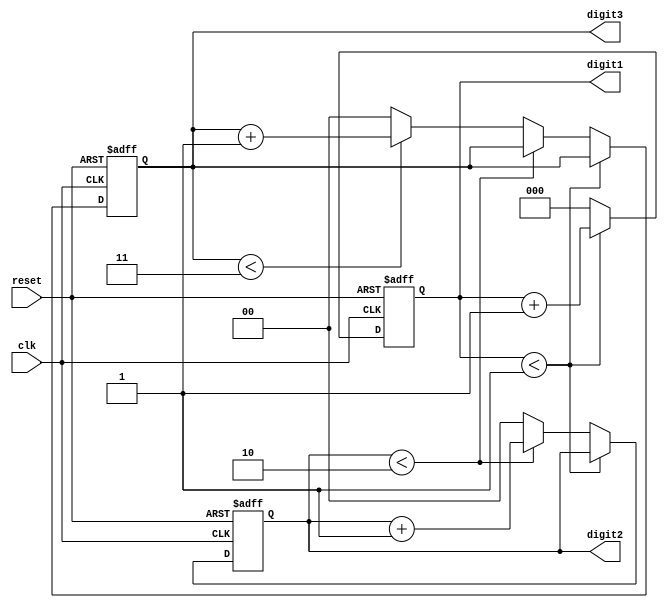
module mixed_radix_counter (
    input wire clk,          // Clock input
    input wire reset,        // Asynchronous reset
    output reg [2:0] digit1, // Digit 1 (Base 2)
    output reg [1:0] digit2, // Digit 2 (Base 3)
    output reg [1:0] digit3  // Digit 3 (Base 4)
);

    // Maximum values for each digit based on their radix
    localparam MAX_DIGIT1 = 2; // Base 2 (0, 1)
    localparam MAX_DIGIT2 = 3; // Base 3 (0, 1, 2)
    localparam MAX_DIGIT3 = 4; // Base 4 (0, 1, 2, 3)

    always @(posedge clk or posedge reset) begin
        if (reset) begin
            // Asynchronous reset
            digit1 <= 0;
            digit2 <= 0;
            digit3 <= 0;
        end else begin
            // Increment digit1
            if (digit1 < MAX_DIGIT1 - 1) begin
                digit1 <= digit1 + 1;
            end else begin
                digit1 <= 0; // Reset digit1

                // Increment digit2
                if (digit2 < MAX_DIGIT2 - 1) begin
                    digit2 <= digit2 + 1;
                end else begin
                    digit2 <= 0; // Reset digit2

                    // Increment digit3
                    if (digit3 < MAX_DIGIT3 - 1) begin
                        digit3 <= digit3 + 1;
                    end else begin
                        digit3 <= 0; // Reset digit3
                    end
                end
            end
        end
    end
endmodule